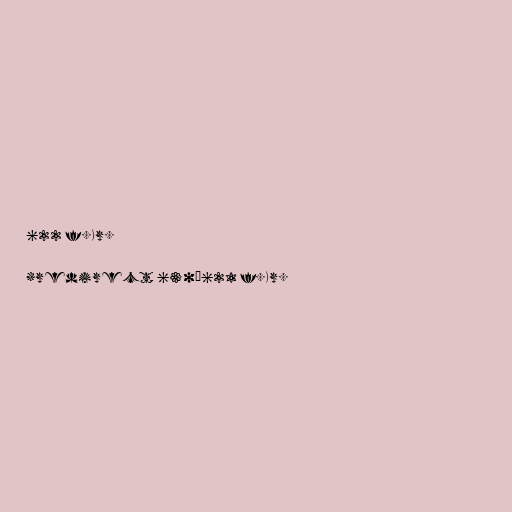
622 f.Kr.

#redirect 630–621 f.Kr.